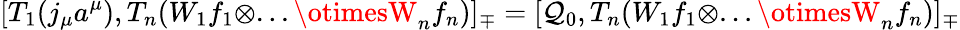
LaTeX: [T_{1}(j_{\mu}a^{\mu}),T_{n}(W_{1}f_{1}\otimes...\otimesW_{n}f_{n})]_{\mp}=[\mathcal{Q}_{0},T_{n}(W_{1}f_{1}\otimes...\otimesW_{n}f_{n})]_{\mp}